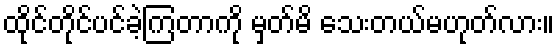
ထိုင်တိုင်ပင်ခဲ့ကြတာကို မှတ်မိ သေးတယ်မဟုတ်လား။